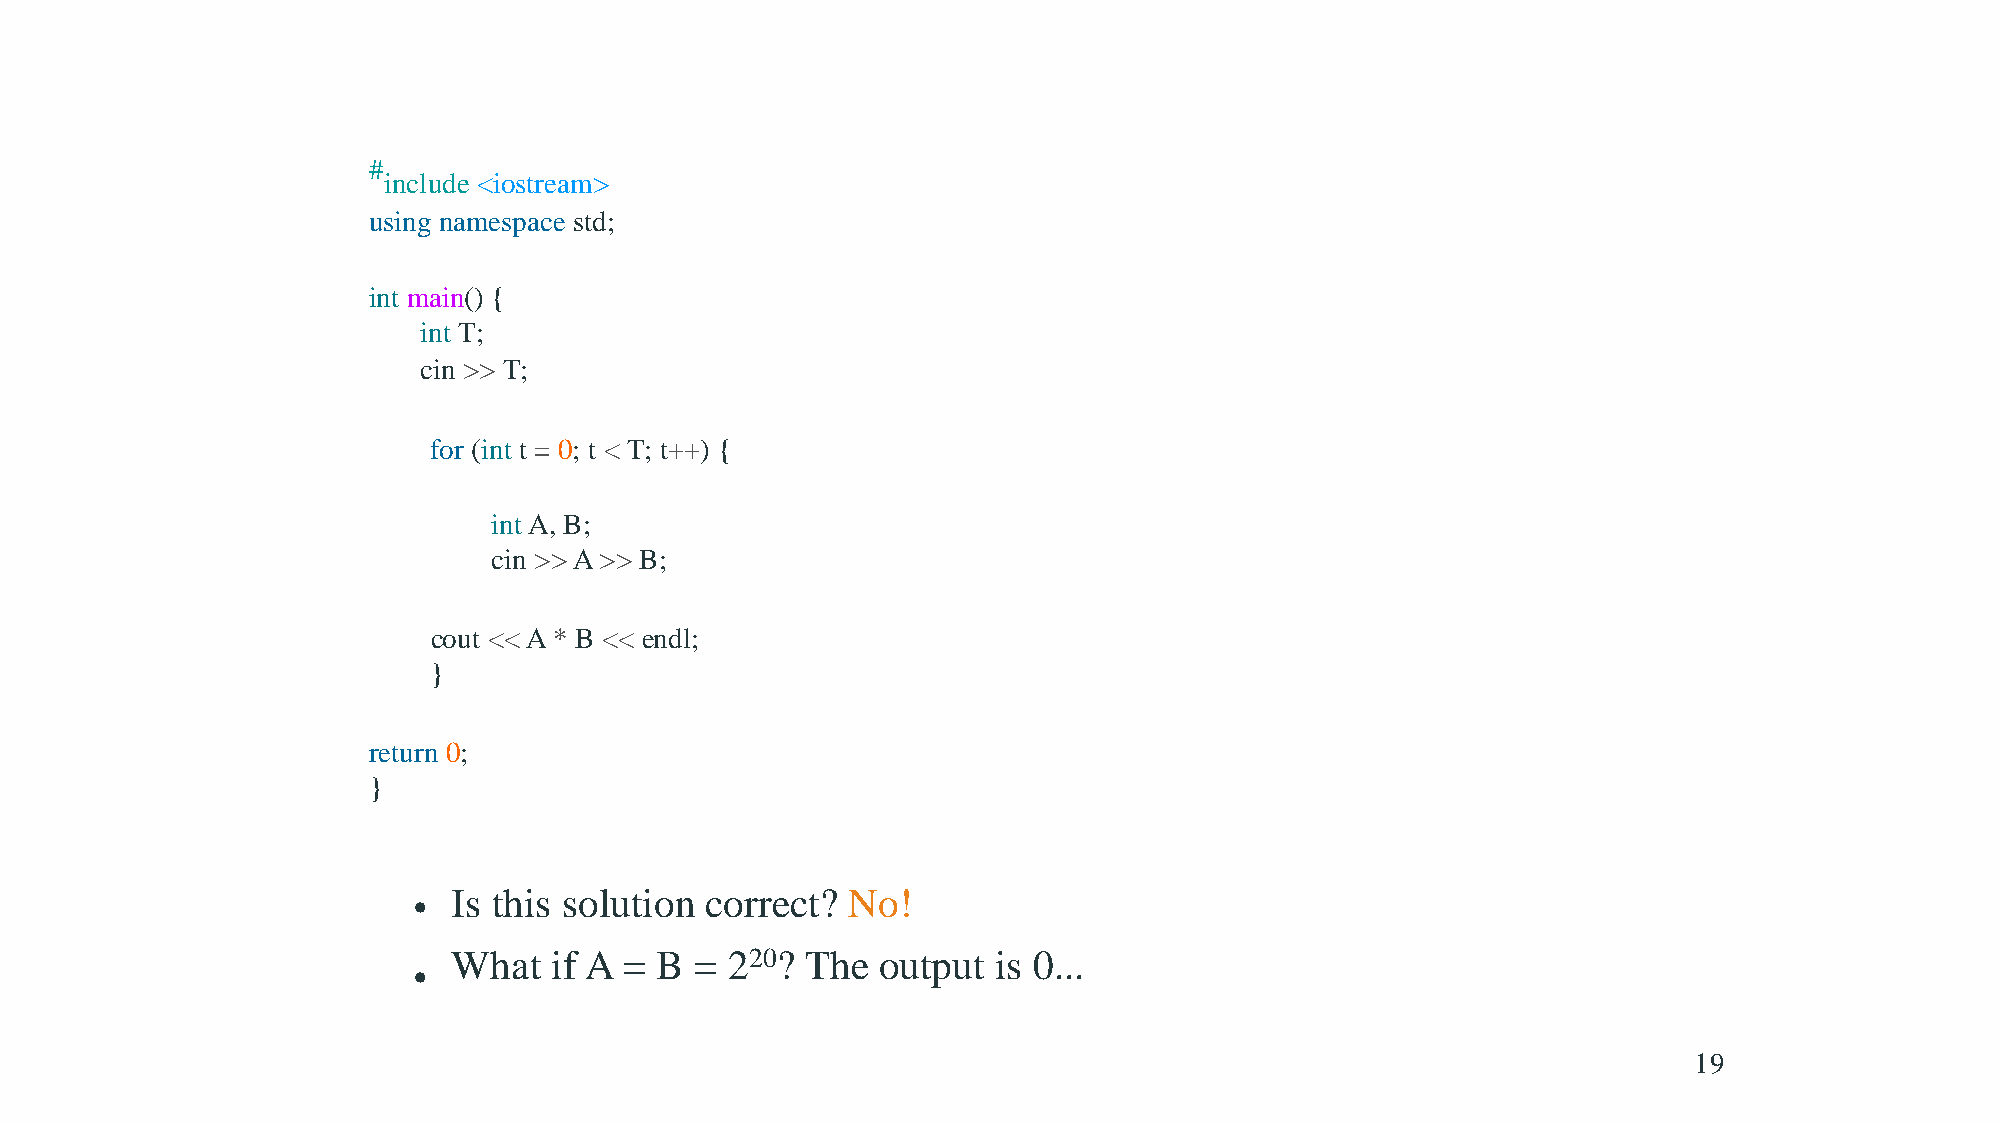
Example          solution
 #
 include <iostream>
 using namespace std;
 int main() {
 int T;
 cin >> T;
 for (int t = 0; t < T; t++) {
 intA, B;
 cin >>A>> B;
 cout <<A* B << endl;
 }
 return 0;
 }
 •  Is this solution correct? No!
 What  if A = B  = 220? The  output  is 0...
 •
 19